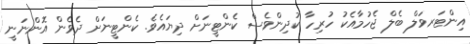
އިންޓަރވަލް ބެލް ޖެހުމާއެކު ހުރިހާ ކުދިންވެސް ކެންޓީނަށް ދިޔައެވެ. ކެންޓީނަށް ދެވެން އޮންނަނީ